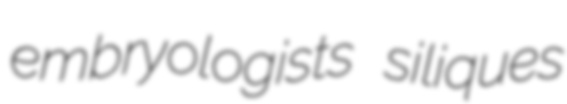
embryologists siliques